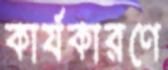
কার্যকারণে